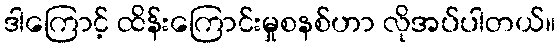
ဒါကြောင့် ထိန်းကြောင်းမှုစနစ်ဟာ လိုအပ်ပါတယ်။